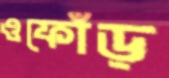
ওফোঁড়